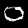
Label: 0